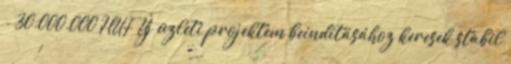
- 30.000.000 HUF Új üzleti projektem beindításához keresek stabil